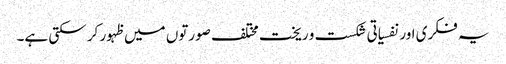
یہ فکری اور نفسیاتی شکست و ریخت مختلف صورتوں میں ظہور کر سکتی ہے۔